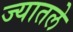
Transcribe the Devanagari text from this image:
ज्यातले